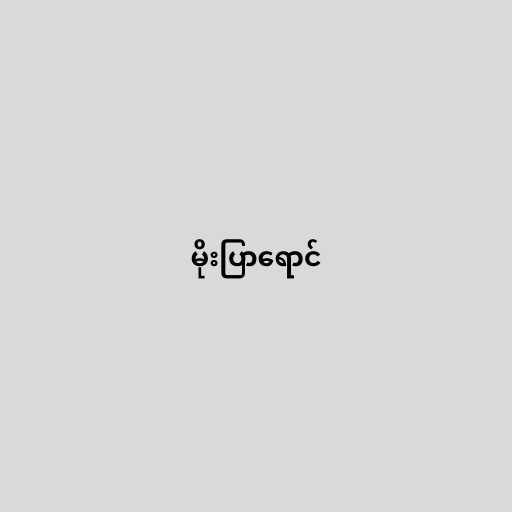
မိုးပြာရောင်